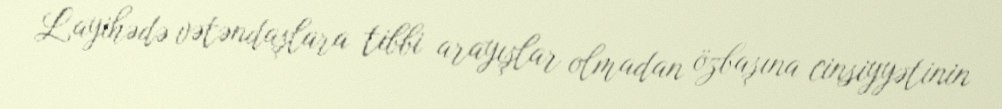
Layihədə vətəndaşlara tibbi arayışlar olmadan özbaşına cinsiyyətinin